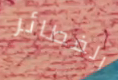
الفطائر